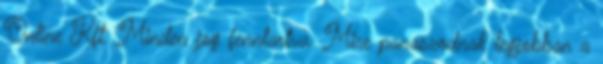
Online Kft. Minden jog fenntartva. Mire panaszodnak legjobban a